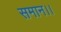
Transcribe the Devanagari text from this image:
समान।।